65_HS1-834228961_62-HQ-83894_Section_4
Agency: FBI
Page 12
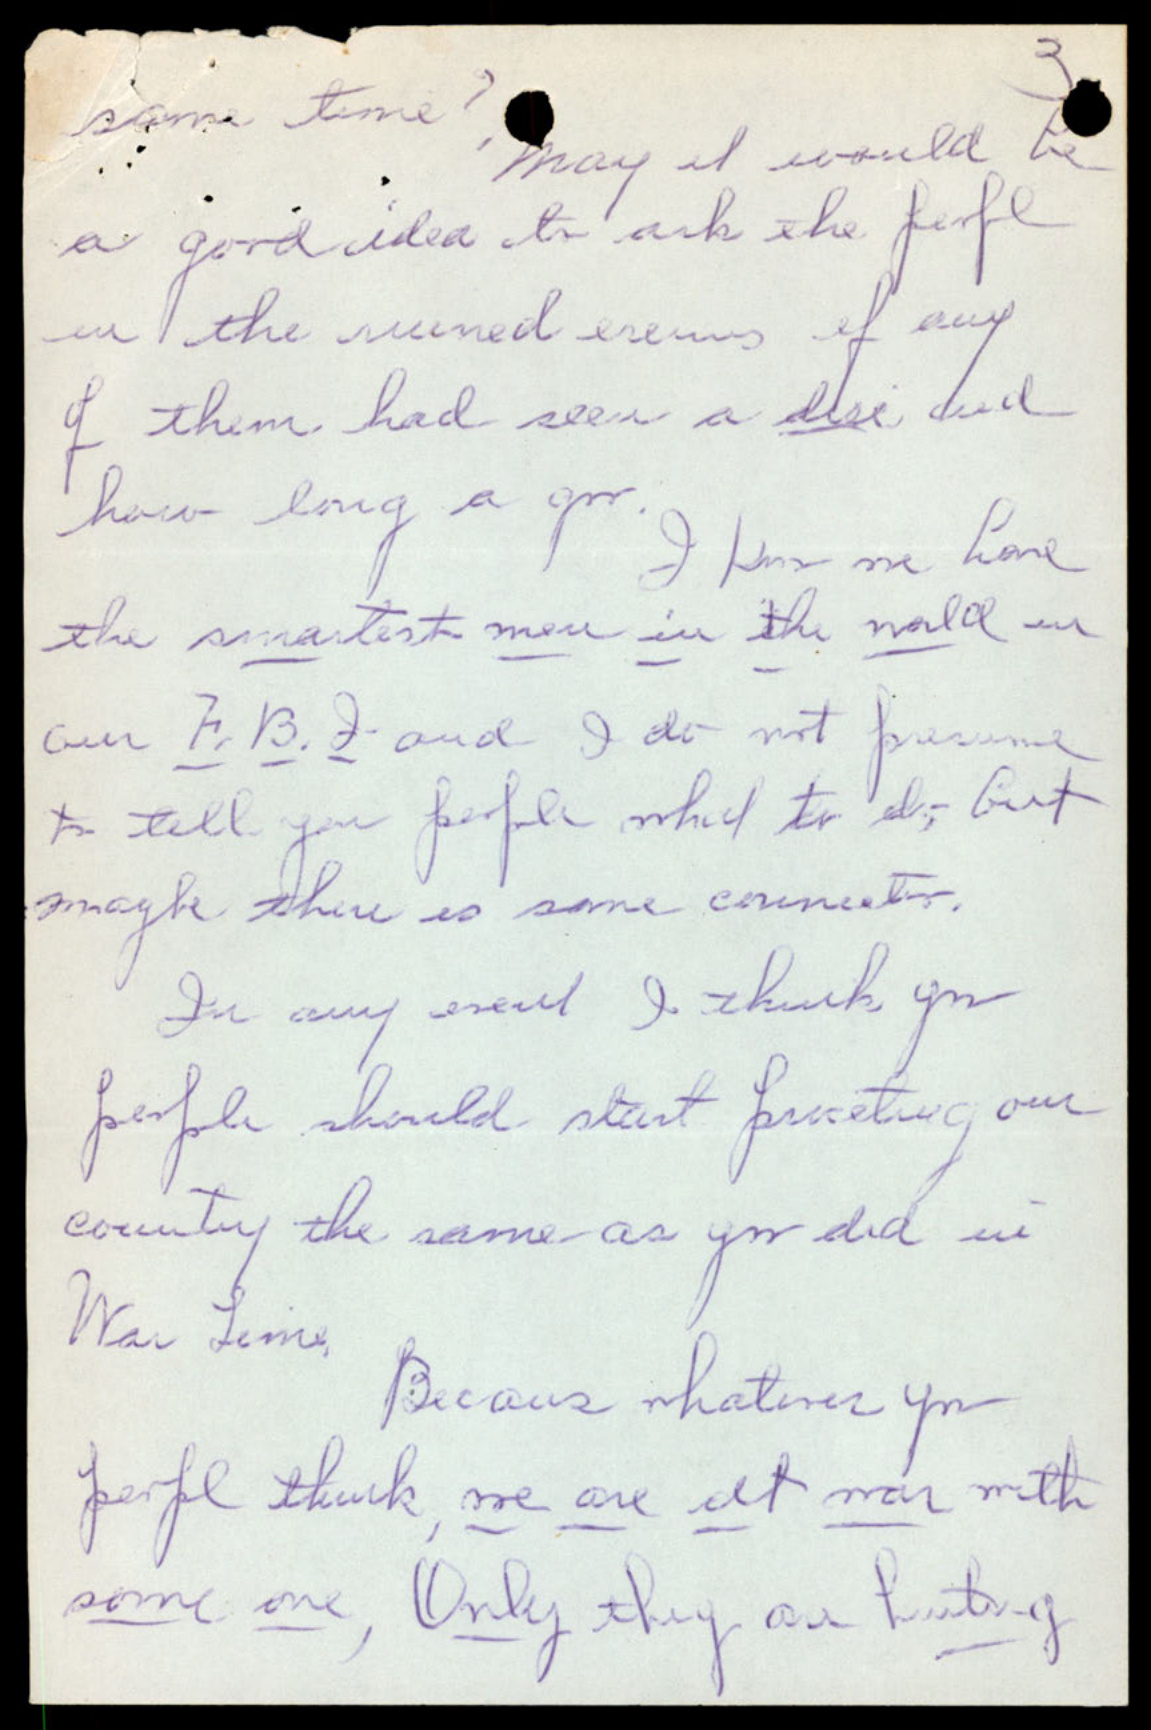